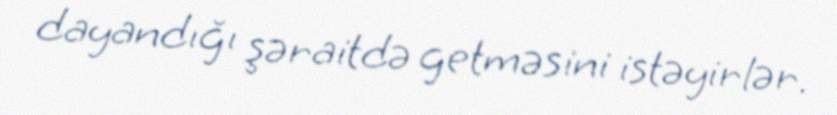
dayandığı şəraitdə getməsini istəyirlər.